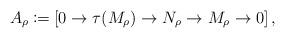
LaTeX: \begin{align*}A_\rho \coloneqq \left[ 0\to \tau(M_\rho) \to N_\rho \to M_\rho \to 0 \right],\end{align*}